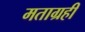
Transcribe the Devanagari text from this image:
मताग्रही